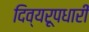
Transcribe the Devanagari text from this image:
दिव्यरूपधारी